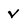
Character: V